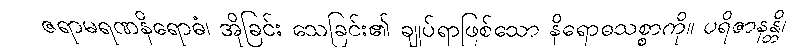
ဇရာမရဏနိရောဓံ၊ အိုခြင်း သေခြင်း၏ ချုပ်ရာဖြစ်သော နိရောဓသစ္စာကို။ ပရိဇာနန္တိ၊